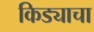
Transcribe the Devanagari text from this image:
किड्याचा